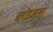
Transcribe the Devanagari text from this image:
ब्लोइमला